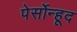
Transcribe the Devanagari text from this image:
पेर्सोन्हूद